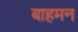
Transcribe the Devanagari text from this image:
बाहमन